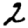
Digit: 2